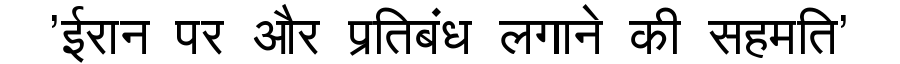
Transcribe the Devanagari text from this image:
'ईरान पर और प्रतिबंध लगाने की सहमति'